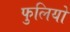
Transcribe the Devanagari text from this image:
फुलियो